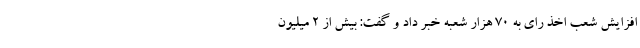
افزایش شعب اخذ رای به ۷۰ هزار شعبه خبر داد و گفت: بیش از ۲ میلیون